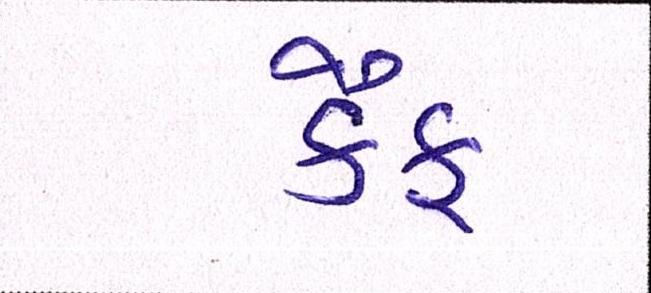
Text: કૈફ